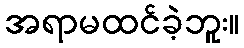
အရာမထင်ခဲ့ဘူး။